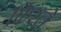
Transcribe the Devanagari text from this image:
फ़िरते